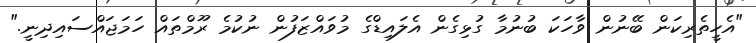
"އެހީތެރިކަން ބޭނުން ވާހަކަ ބުނުމާ ގުޅިގެން އެލައިޑްގެ މުވައްޒަފުން ނުކުމެ ރޫމްތައް ހަމަޖައްސައިދިނީ."